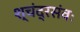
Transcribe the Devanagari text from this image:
श्चंद्रसंवः